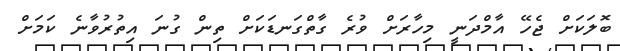
ބޮލަކަށް ޖެހޭ އާމްދަނީ މިހާރަށް ވުރެ ގާތްގަނޑަކަށް ތިން ގުނަ އިތުރުވާނެ ކަމަށް